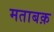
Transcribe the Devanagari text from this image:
मताबक़